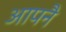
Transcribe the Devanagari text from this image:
आपनै